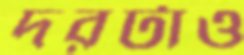
দরটাও